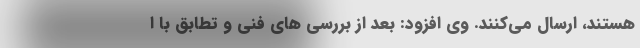
هستند، ارسال می‌کنند. وی افزود: بعد از بررسی هاي فني و تطابق با ا